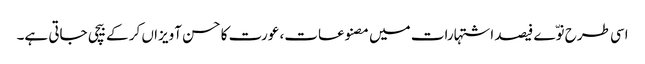
اسی طرح نوّے فیصد اشتہارات میں مصنوعات، عورت کا حسن آویزاں کر کے بیچی جاتی ہے۔